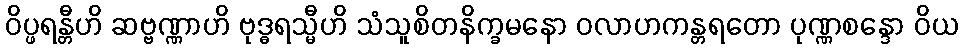
ဝိပ္ဖရန္တီဟိ ဆဗ္ဗဏ္ဏာဟိ ဗုဒ္ဓရသ္မီဟိ သံသူစိတနိက္ခမနော ဝလာဟကန္တရတော ပုဏ္ဏစန္ဒော ဝိယ